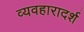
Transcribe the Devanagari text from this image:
व्‍यवहारादर्श